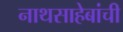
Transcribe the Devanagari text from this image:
नाथसाहेबांची